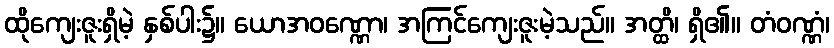
ထိုကျေးဇူးရှိမဲ့ နှစ်ပါး၌။ ယောအဝဏ္ဏော၊ အကြင်ကျေးဇူးမဲ့သည်။ အတ္ထိ၊ ရှိ၏။ တံဝဏ္ဏံ၊